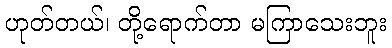
ဟုတ်တယ်၊ တို့ရောက်တာ မကြာသေးဘူး